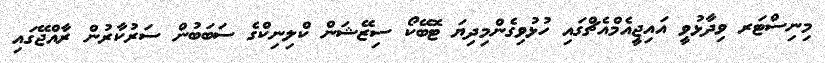
މިނިސްޓަރ ވިދާޅުވީ އައިޖީއެމްއެޗްގައި ހުޅުވިގެންމިދިޔަ ޓޮބޭކޯ ސިޒޭޝަން ކްލިނިކްގެ ސަބަބުން ސަރުކާރުން ރާއްޖޭގައި